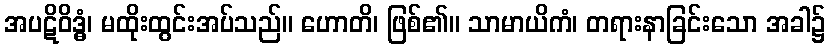
အပဋိဝိဒ္ဓံ၊ မထိုးထွင်းအပ်သည်။ ဟောတိ၊ ဖြစ်၏။ သာမာယိကံ၊ တရားနာခြင်းသော အခါ၌